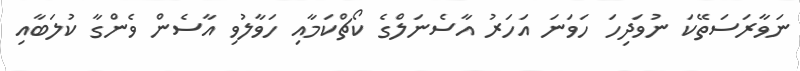
ނަވާރަސަތޭކަ ނުވަދިހަ ހަވަނަ އަހަރު އާސެނަލްގެ ކޯޗްކަމާއި ހަވާލުވި އާސެން ވެންގާ ކުލަބާއި